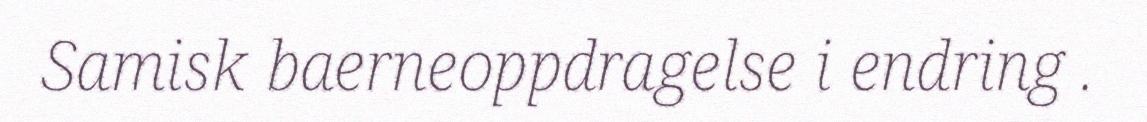
Samisk baerneoppdragelse i endring .